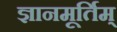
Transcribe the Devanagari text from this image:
ज्ञानमूर्तिम्